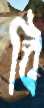
বি